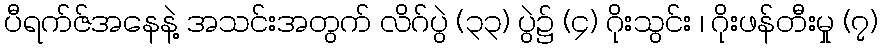
ပီရက်ဇ်အနေနဲ့ အသင်းအတွက် လိဂ်ပွဲ (၃၃) ပွဲ၌ (၄) ဂိုးသွင်း ၊ ဂိုးဖန်တီးမှု (၇)